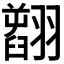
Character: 𦒟